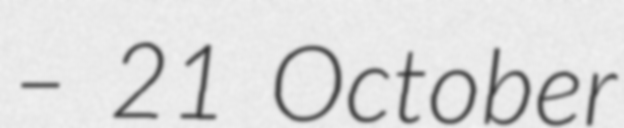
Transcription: – 21 October